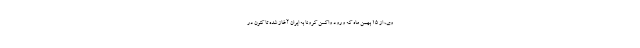
وی، از ۱۵ بهمن ماه که ورود واکسن کرونا به ایران آغاز شده تا کنون در